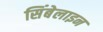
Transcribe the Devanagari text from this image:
सिंबेलाइन